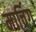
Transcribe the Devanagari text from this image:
मार्चिग